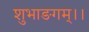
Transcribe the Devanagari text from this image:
शुभाङगम्।।